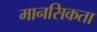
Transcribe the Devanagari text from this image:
मानसिकता